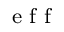
_ \textrm { e f f }